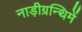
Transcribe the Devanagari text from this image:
नाड़ीग्रन्थिमें